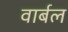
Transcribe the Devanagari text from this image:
वार्बल